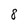
Character: 8